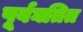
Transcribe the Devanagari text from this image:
पूर्वघतित